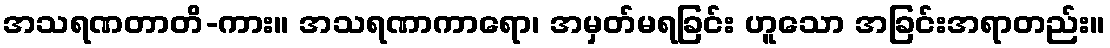
အသရဏတာတိ-ကား။ အသရဏာကာရော၊ အမှတ်မရခြင်း ဟူသော အခြင်းအရာတည်း။